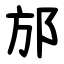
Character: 邡